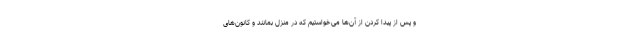
و پس از پیدا کردن از آن‌ها می‌خواستیم که در منزل بمانند و کانون‌های